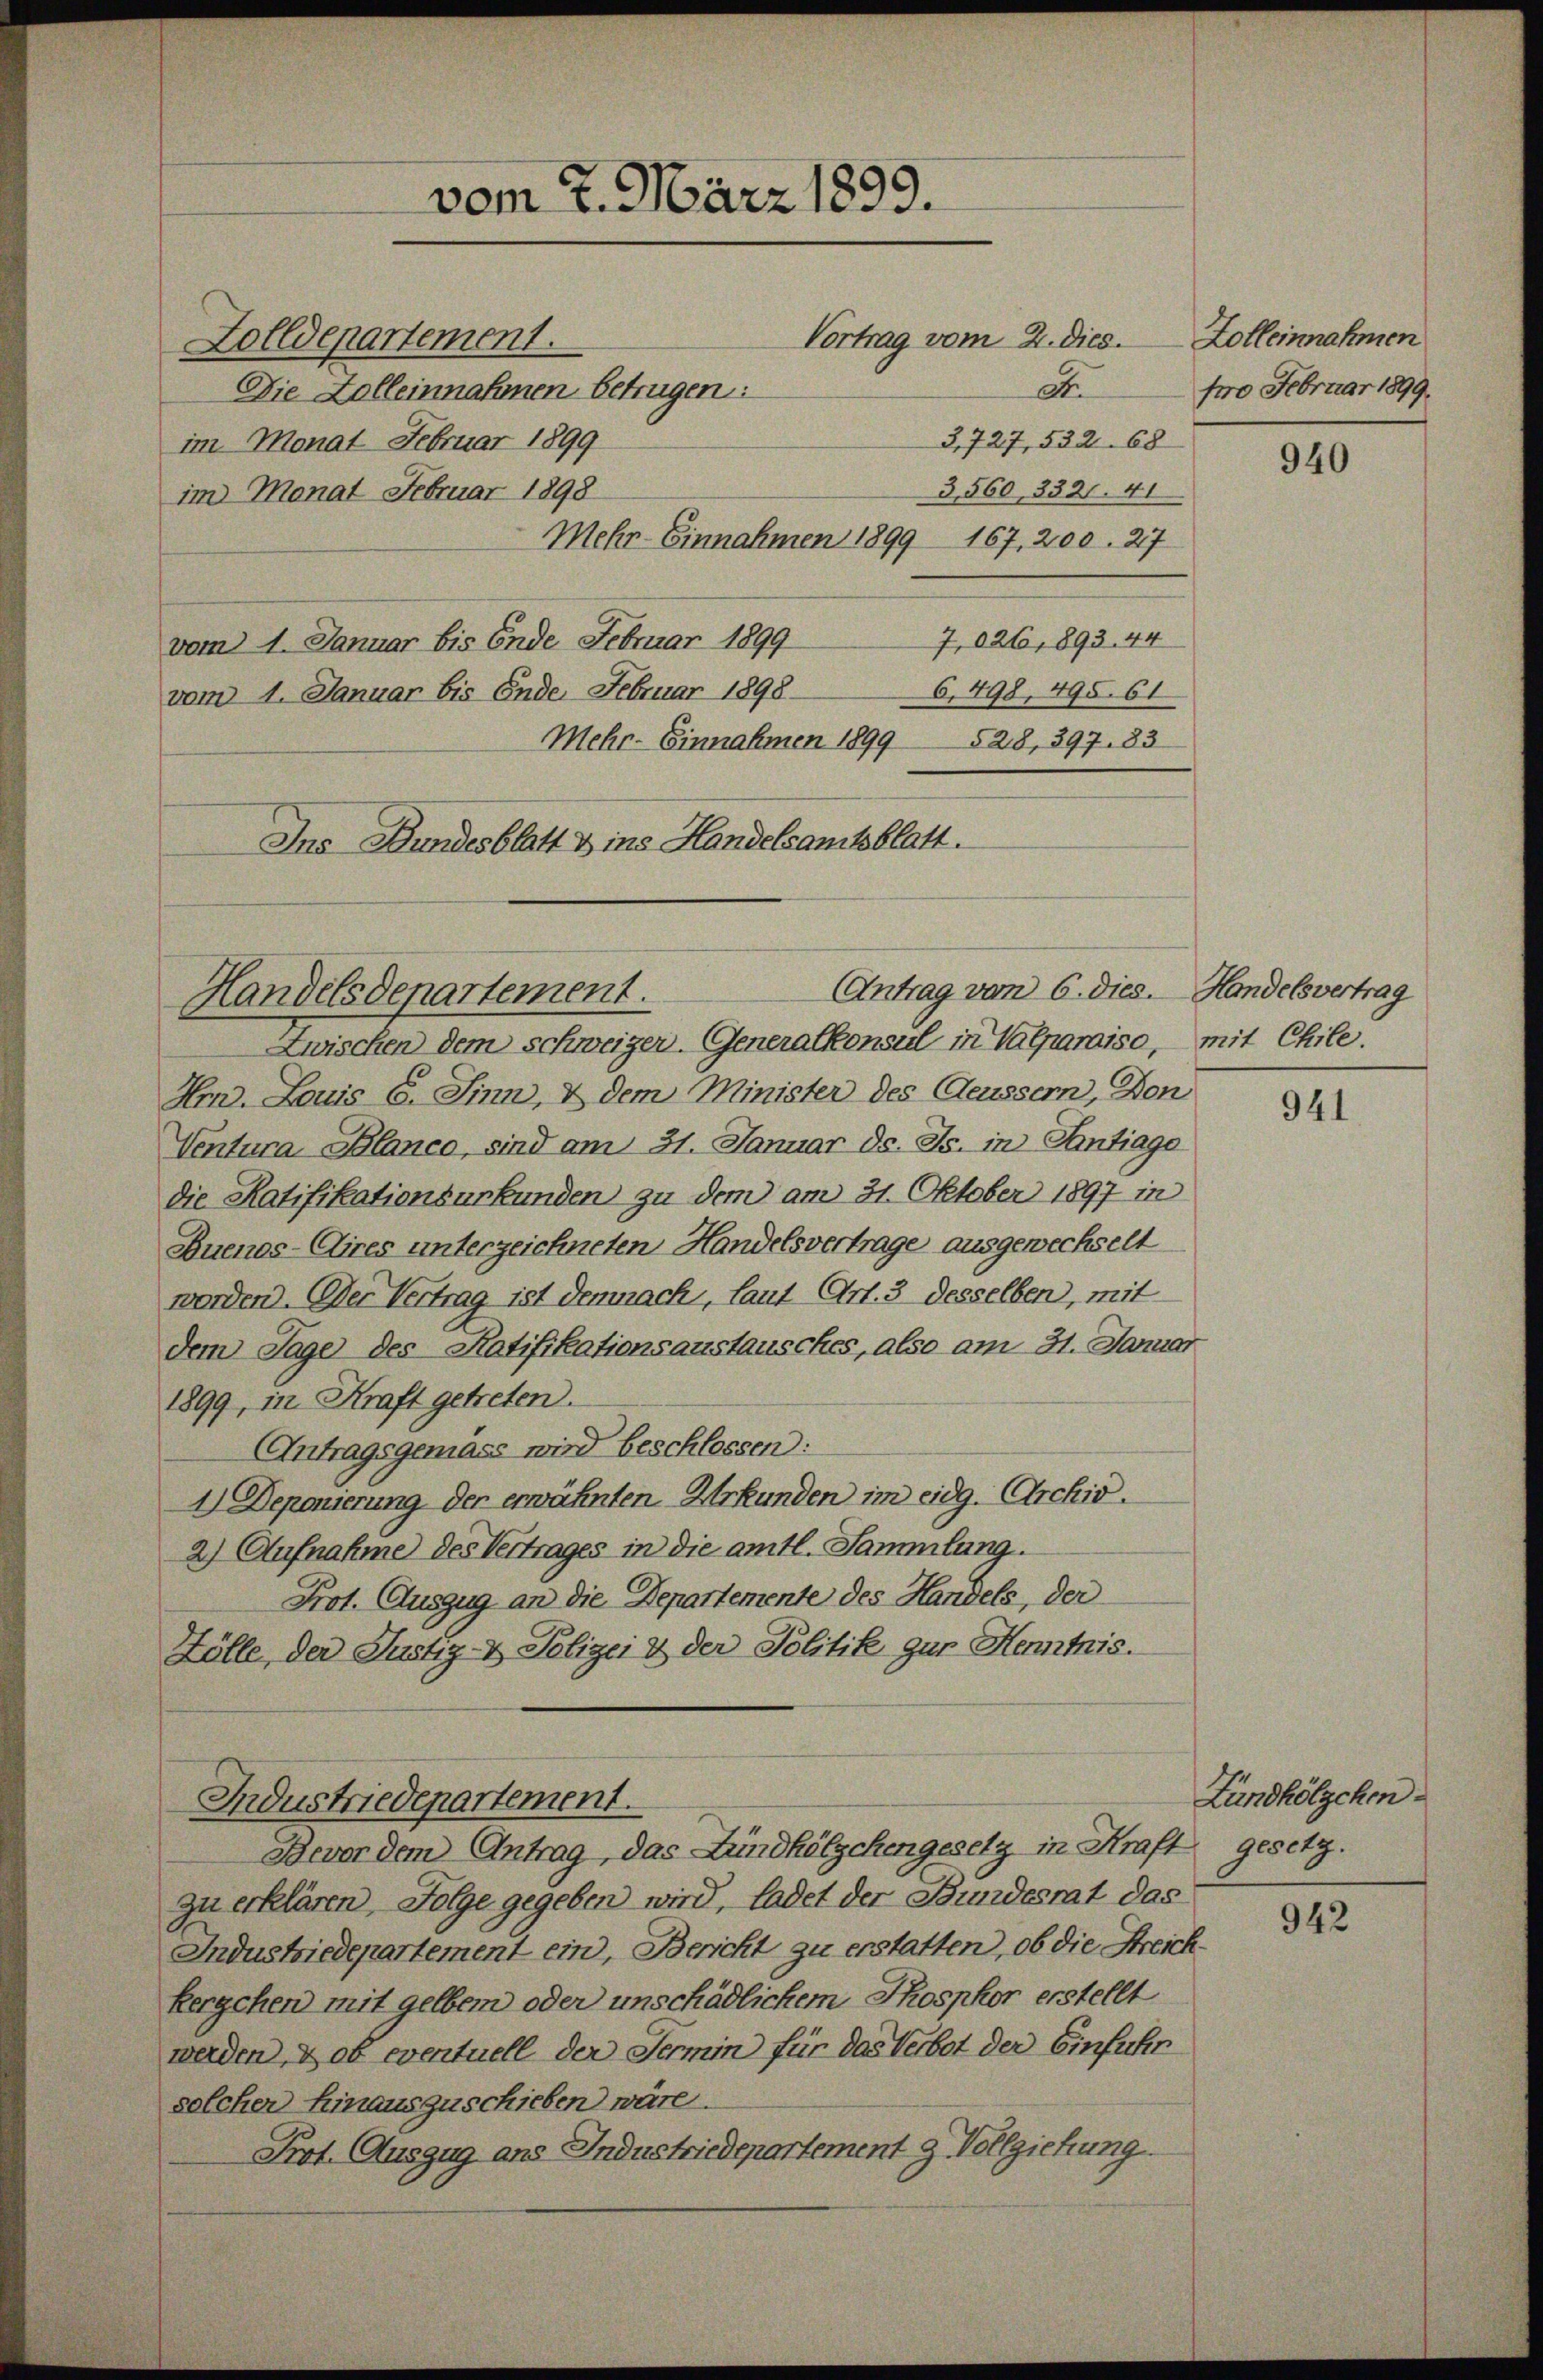
Vortrag vom 2. Dies.
Zolldepartement.
A.
Die Zolleinnahmen betrügen:
3,727, 532. 68
im Monat Februar 1899
3,560, 332. 41
im Monat Februar 1898
Mehr-Einnahmen 1899 167, 200. 27
7,026, 893. 44
vom 1. Januar bis Ende Februar 1899
6,498, 495. 61
vom 1. Januar bis Ende Februar 1898
Mehr- Einnahmen 1899 528, 397. 183
Ins Bundesblatt & ins Handelsamtsblatt.

Handelsdepartement.

vom 7. März 1899.

Industriedepartement.
Bevor dem Antrag, das Lundhölzchengesetz in Kraft gesetz.

Zolleinnahmen
fro Februar 1899.

Antrag vom 6. dies. Handelsvertrag
Zwischen dem schweizer. Generalkonsul in Valparaise, mit Chile.
Hm. Louis E. Sinn, & dem Minister des Aeussern, Don
Ventura Blanco, sind am 31. Januar d. Js. in Eintrage
die Ratifikationsurkunden zu dem am 31. Oktober 1897 in
Buenos-Aires unterzeichneten Handelsvertrage ausgewechselt
worden. (Der Vertrag ist demnach, laut Art. 3 desselben, mit
dem Tage des Ratifikationsanstausches, also am 31. Januar
1899, in Kraft getreten.
Antragsgemäss wird beschlossen:
1) Deponierung der erwähnten Urkunden im eidg. Archiv.
2) Aufnahme des Vertrages in die amtl. Sammlung.
Prot. Auszug an die Departemente des Handels, der
Zölle, der Justiz- & Polizei & der Politik zur Henntnis.

zu erklären, Folge gegeben wird, ladet der Bundesrat das
Industriedepartement ein, Bericht zu erstatten, ob die Streich-
kergehen mit gelbem oder unschädlichem Thosphor erstellt
werden, & ob eventuell der Termin für das Verbot der Einfuhr
solcher hinauszuschieben wäre
Prot. Auszug ans Industriedepartement 9. Vollziehung.

940

941

Zündhölzchen.

942